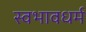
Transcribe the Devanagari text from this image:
स्वभावधर्म